Report of the Indian Hemp Drugs Commission, 1894-1895 - Volume VII
Year: 1894
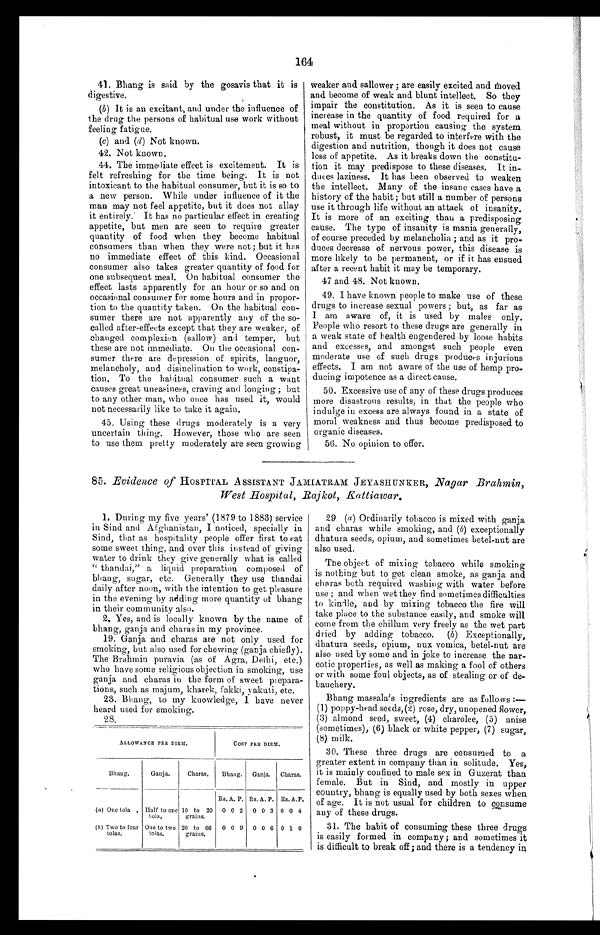
164
41. Bhang is said by the gosavis that it is
digestive.
(b) It is an excitant, and under the influence of
the drug the persons of habitual use work without
feeling fatigue.
(c) and (d) Not known.
42. Not known.
44. The immediate effect is excitement. It is
felt refreshing for the time being. It is not
intoxicant to the habitual consumer, but it is so to
a new person. While under influence of it the
man may not feel appetite, but it does not allay
it entirely. It has no particular effect in creating
appetite, but men are seen to require greater
quantity of food when they become habitual
consumers than when they were not ; but it has
no immediate effect of this kind. Occasional
consumer also takes greater quantity of food for
one subsequent meal. On habitual consumer the
effect lasts apparently for an hour or so and on
occasional consumer for some hours and in propor-
tion to the quantity taken. On the habitual con-
sumer there are not apparently any of the so-
called after-effects except that they are weaker, of
changed complexion (sallow) and temper, but
these are not immediate. On the occasional con-
sumer there are depression of spirits, languor,
melancholy, and disinclination to work, constipa-
tion. To the habitual consumer such a want
causes great uneasiness, craving and longing ; but
to any other man, who once has used it, would
not necessarily like to take it again.
45. Using these drugs moderately is a very
uncertain thing. However, those who are seen
to use them pretty moderately are seen growing
weaker and sallower ; are easily excited and moved
and become of weak and blunt intellect. So they
impair the constitution. As it is seen to cause
increase in the quantity of food required for a
meal without in proportion causing the system
robust, it must be regarded to interfere with the
digestion and nutrition, though it does not cause
loss of appetite. As it breaks down the constitu-
tion it may predispose to these diseases. It in
duces laziness. It has been observed to weaken
the intellect. Many of the insane eases have a
history of the habit ; but still a number of persons
use it through life without an attack of insanity.
It is more of an exciting than a predisposing
cause. The type of insanity is mania generally,
of course preceded by melancholia ; and as it pro-
duces decrease of nervous power, this disease is
more likely to be permanent, or if it has ensued
after a recent habit it may be temporary.
47 and 48. Not known.
49. I have known people to make use of these
drugs to increase sexual powers ; but, as far as
I am aware of, it is used by males only.
People who resort to these drugs are generally in
a weak state of health engendered by loose habits
and excesses, and amongst such people even
moderate use of such drugs produces injurious
effects. I am not aware of the use of hemp pro-
ducing impotence as a direct cause.
50. Excessive use of any of these drugs produces
more disastrous results, in that the people who
indulge in excess are always found in a state of
moral weakness and thus become predisposed to
organic diseases.
56. No opinion to offer.
85. Evidence of HOSPITAL ASSISTANT JAMIATRAM JEYASHUNKER, Nagar Brahmin,
West Hospital, Rajkot, Kattiawar.
1. During my five years' (1879 to 1883) service
in Sind and Afghanistan, I noticed, specially in
Sind, that as hospitality people offer first to eat
some sweet. thing, and over this instead of giving
water to drink they give generally what is called
" thandai," a liquid preparation composed of
bhang, sugar, etc. Generally they use thandai
daily after noon, with the intention to get pleasure
in the evening by adding more quantity of bhang
in their community also.
2. Yes, and is locally known by the name of
bhang, ganja and charas in my province.
19. Gan ja and charas are not only used for
smoking, but also used for chewing (ganja chiefly).
The Brahmin puravia (as of Agra, Delhi, etc.)
who have some religious objection in smoking, use
ganja and charas in the form of sweet prepara-
tions, such as majum, kharek, fakki, yakuti, etc.
23. Bhang, to my knowledge, I have never
heard used for smoking.
28.
ALLOWANCE PER DIEM.
COST PER DI EM.
Bhang.
Ganja.
Charas.
Bhang. Ganja. Charas.
Rs. A. P. Rs. A. P. Rs. A. P.
(a) One tola Half to one
tola,
10 to 20
grains.
0 0 2 0 0 3 0 0 4
(b) Two to four
tolas.
One to two
tolas,
20 to 60
grains.
0 0 9 0 0 6 0 1 0
29 (a) Ordinarily tobacco is mixed with ganja
and charas while smoking, and ( b) exceptionally
dhatura seeds, opium, and sometimes betel-nut are
also used.
The object of mixing tobacco while smoking
is nothing but to get clean smoke, as ganja and
charas both required washing with water before
use ; and when wet they find sometimes difficulties
to kindle, and by mixing tobacco the fire will
take place to the substance easily, and. smoke will
come from the chillum very freely as the wet part
dried by adding tobacco. (b) Exceptionally,
dhatura seeds, opium, nux vomica, betel-nut are
also used by some and in joke to increase the nar-
cotic properties, as well as making a fool of others
or with some foul objects, as of stealing or of de-
bauchery.
Bhang massala's ingredients are as follows :—
(1) poppy-head seeds, (2) rose, dry, unopened flower,
(3) almond seed, sweet, (4) charolee, (5) anise
(sometimes), (6) black or white pepper, (7) sugar,
(8) milk.
30. These three drugs are consumed to a
greater extent in company than in solitude. Yes,
it is mainly confined to male sex in Guzerat than
female. But in Sind, and mostly in upper
country, bhang is equally used by both sexes when
of age. It is not usual for children to consume
any of these drugs.
31. The habit of consuming these three drugs
is easily formed in company ; and sometimes it
is difficult to break off; and there is a tendency in